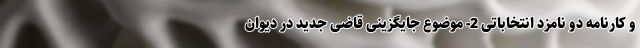
و کارنامه دو نامزد انتخاباتی 2- موضوع جایگزینی قاضی جدید در دیوان